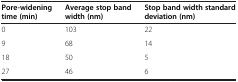
<table><thead><tr><td><b>Pore-widening time (min)</b></td><td><b>Average stop band width (nm)</b></td><td><b>Stop band width standard deviation (nm)</b></td></tr></thead><tbody><tr><td>0</td><td>103</td><td>22</td></tr><tr><td>9</td><td>68</td><td>14</td></tr><tr><td>18</td><td>50</td><td>5</td></tr><tr><td>27</td><td>46</td><td>6</td></tr></tbody></table>